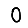
Digit: 0